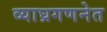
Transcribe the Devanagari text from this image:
व्याघ्रगणनेत